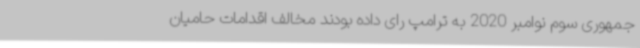
جمهوری سوم نوامبر 2020 به ترامپ رای داده بودند مخالف اقدامات حامیان